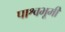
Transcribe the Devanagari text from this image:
पाश्वभूमी